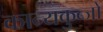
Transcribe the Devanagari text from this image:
कान्यकुब्जो